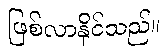
ဖြစ်လာနိုင်သည်။